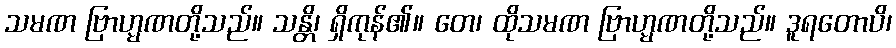
သမဏ ဗြာဟ္မဏတို့သည်။ သန္တိ၊ ရှိကုန်၏။ တေ၊ ထိုသမဏ ဗြာဟ္မဏတို့သည်။ ဒူရတောပိ၊